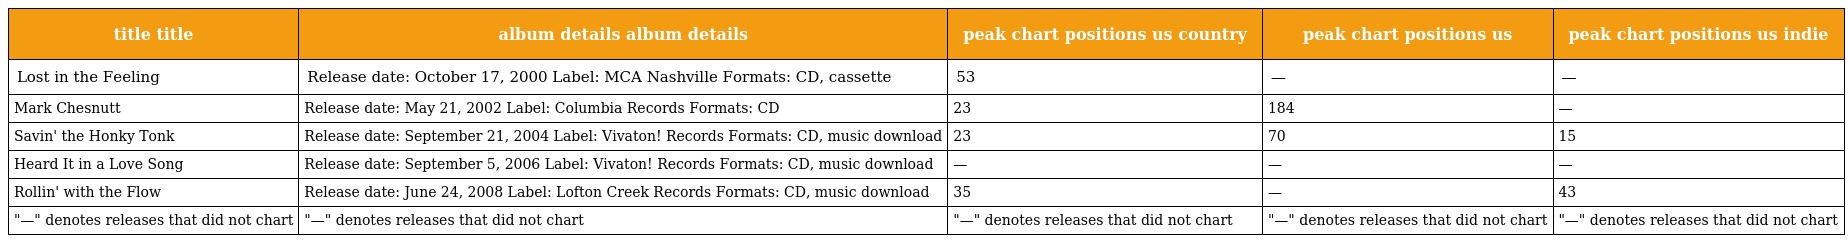
| title title | album details album details | peak chart positions us country | peak chart positions us | peak chart positions us indie |
 | --- | --- | --- | --- | --- |
 | Lost in the Feeling | Release date: October 17, 2000 Label: MCA Nashville Formats: CD, cassette | 53 | — | — |
 | Mark Chesnutt | Release date: May 21, 2002 Label: Columbia Records Formats: CD | 23 | 184 | — |
 | Savin' the Honky Tonk | Release date: September 21, 2004 Label: Vivaton! Records Formats: CD, music download | 23 | 70 | 15 |
 | Heard It in a Love Song | Release date: September 5, 2006 Label: Vivaton! Records Formats: CD, music download | — | — | — |
 | Rollin' with the Flow | Release date: June 24, 2008 Label: Lofton Creek Records Formats: CD, music download | 35 | — | 43 |
 | "—" denotes releases that did not chart | "—" denotes releases that did not chart | "—" denotes releases that did not chart | "—" denotes releases that did not chart | "—" denotes releases that did not chart |